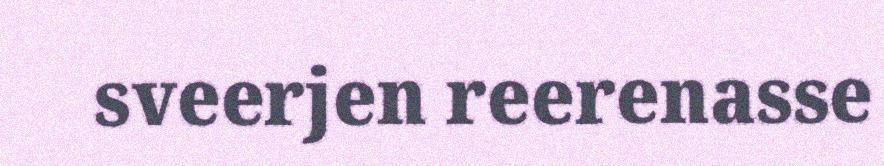
sveerjen reerenasse